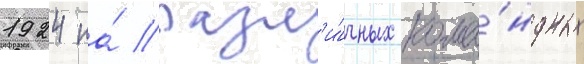
1924 на́ разл'и́чных кома́ндных